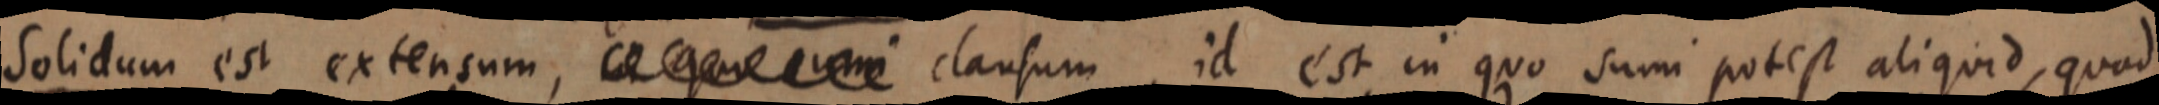
Solidum est extensum, _ clausum, id est in quo sumi potest aliquid, quod